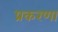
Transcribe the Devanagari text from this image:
प्रकरणा